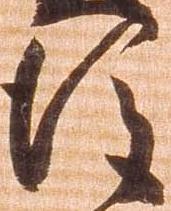
後